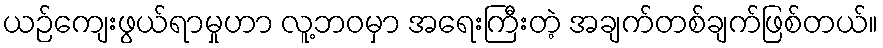
ယဉ်ကျေးဖွယ်ရာမှုဟာ လူ့ဘဝမှာ အရေးကြီးတဲ့ အချက်တစ်ချက်ဖြစ်တယ်။